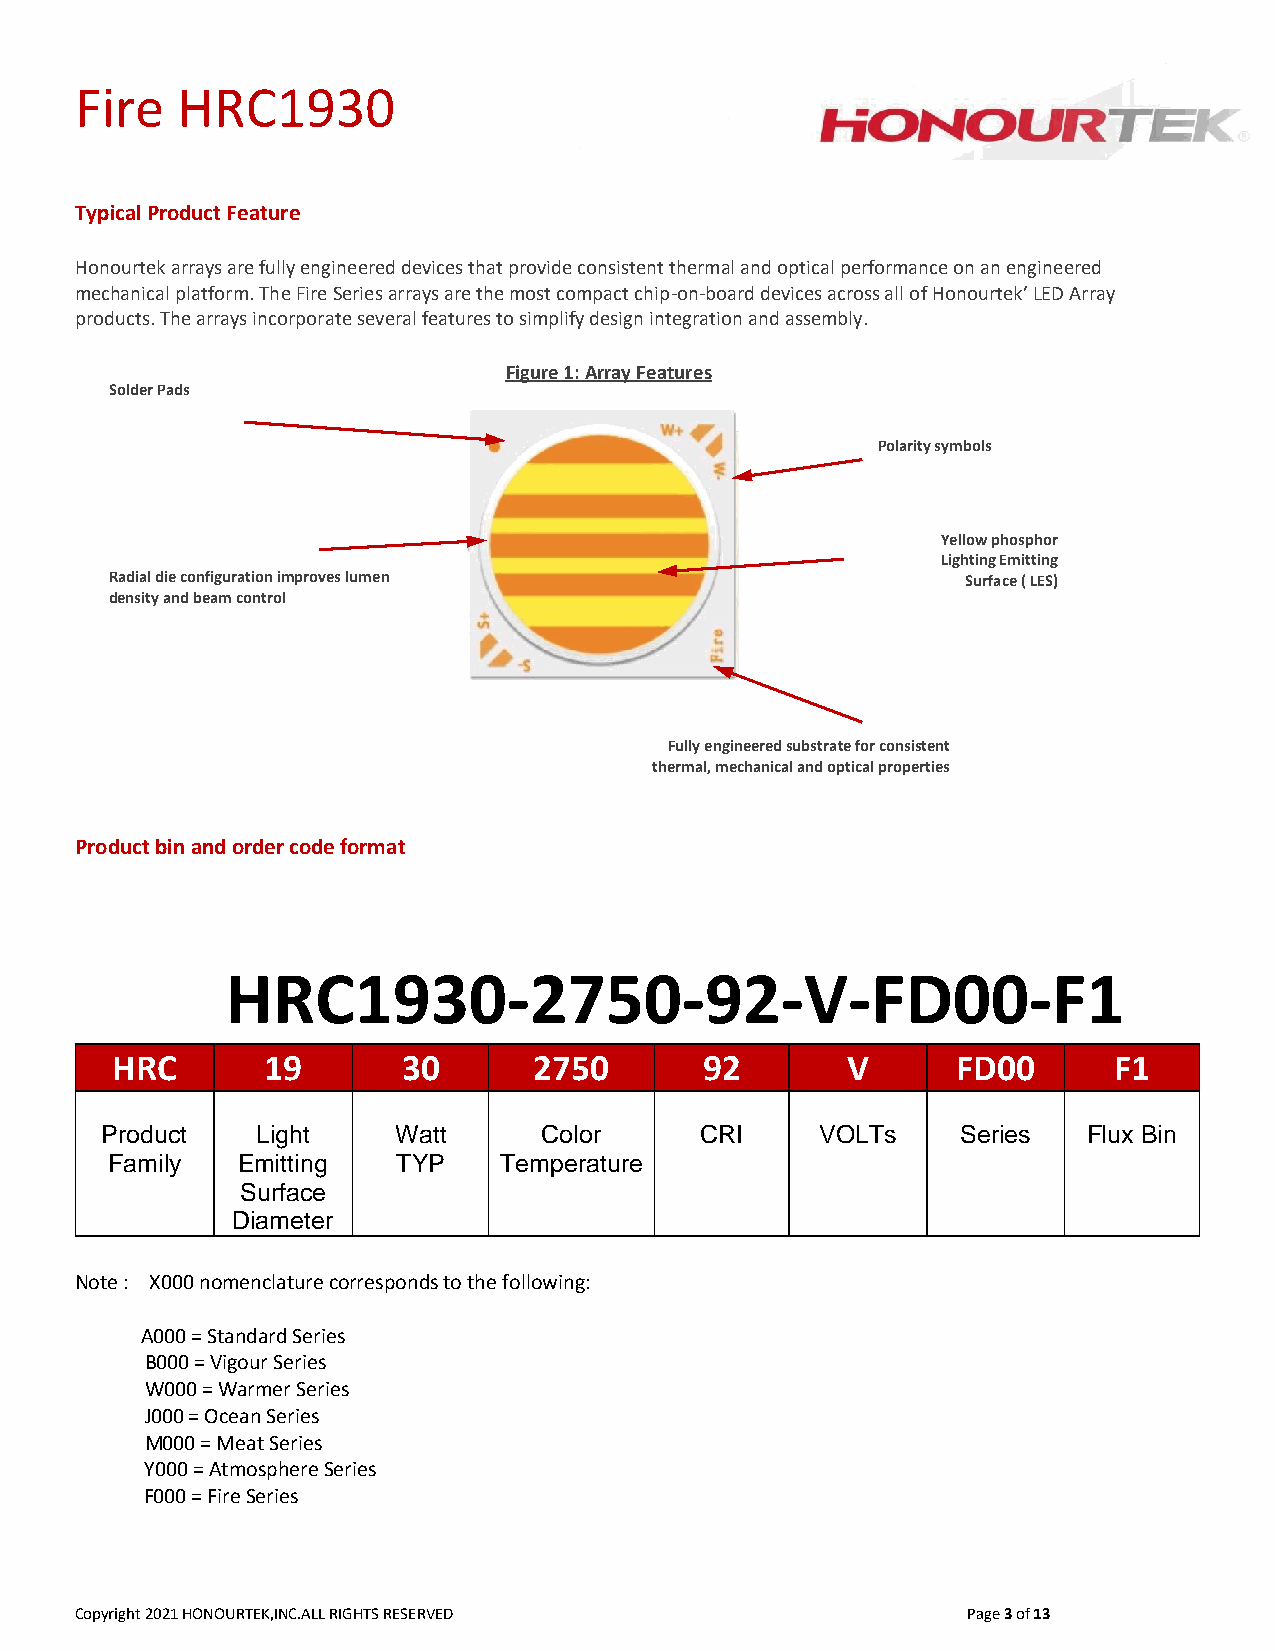
Fire   HRC1930
 Typical Product Feature
 Honourtek arrays are fully engineered devices that provide consistent thermal and optical performance on an engineered
 mechanical platform. The Fire Series arrays are the most compact chip-on-board devices across all of Honourtek’ LED Array
 products. The arrays incorporate several features to simplify design integration and assembly.
 Figure 1: Array Features
 Solder Pads
 Polarity symbols
 Yellow phosphor
 Lighting Emitting
 Radial die configuration improves lumen                  Surface ( LES)
 density and beam control
 Fully engineered substrate for consistent
 thermal, mechanical and optical properties
 Product bin and order code format
 HRC1930-2750-92-V-FD00-F1
 HRC       19        30      2750        92       V      FD00       F1
 Product   Light    Watt      Color     CRI     VOLTs     Series  Flux Bin
 Family   Emitting  TYP    Temperature
 Surface
 Diameter
 Note : X000 nomenclature corresponds to the following:
 A000 = Standard Series
 B000 = Vigour Series
 W000 = Warmer Series
 J000 = Ocean Series
 M000 = Meat Series
 Y000 = Atmosphere Series
 F000 = Fire Series
 Copyright 2021 HONOURTEK,INC.ALL RIGHTS RESERVED           Page 3 of 13